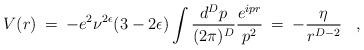
LaTeX: \begin{align*}V(r)\>=\>-e^2\nu^{2 \epsilon}(3 - 2 \epsilon)\int\frac{d^Dp}{(2\pi)^D}\frac{e^{ipr}}{p^2}\>=\>-\frac{\eta}{ r^{D-2}}\;\;\;,\end{align*}